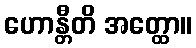
ဟောန္တီတိ အတ္ထော။